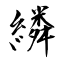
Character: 繗